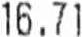
16.71